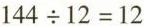
$$1 4 4 \div 1 2 = 1 2$$